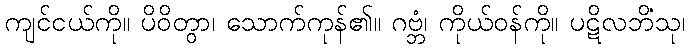
ကျင်ငယ်ကို။ ပိဝိတွာ၊ သောက်ကုန်၏။ ဂဗ္ဘံ၊ ကိုယ်ဝန်ကို။ ပဋိလဘိံသု၊